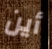
أين